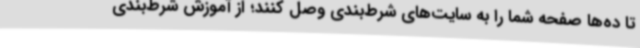
تا ده‌ها صفحه شما را به سایت‌های شرط‌بندی وصل کنند؛ از آموزش شرط‌بندی